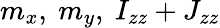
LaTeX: m_{x},~m_{y},~I_{zz}+J_{zz}